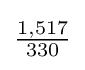
{\tfrac {1,517}{330}}